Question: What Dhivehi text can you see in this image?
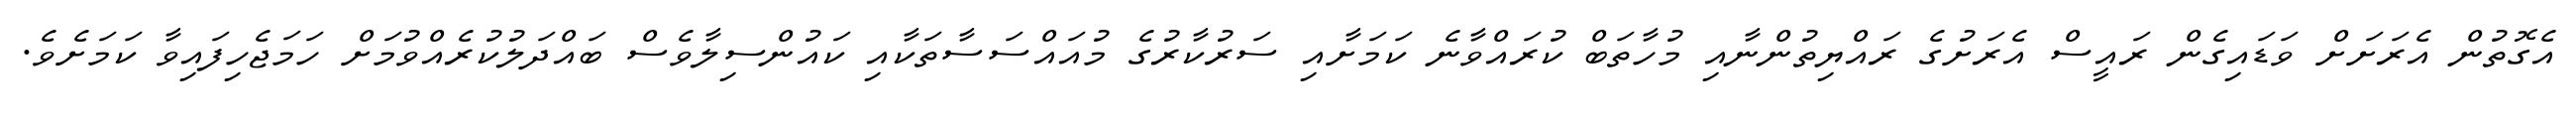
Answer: އެގޮތުން އެރަށަށް ވަޑައިގެން ރައީސް އެރަށުގެ ރައްޔިތުންނާއި މުހާތަބް ކުރައްވާނެ ކަމަށާއި ސަރުކާރުގެ މުއައްސަސާތަކާއި ކައުންސިލާވެސް ބައްދަލުކުރެއްވުމަށް ހަމަޖެހިފައިވާ ކަމަށެވެ.